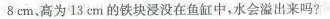
8cm、高为13cm的铁块浸没在鱼缸中，水会溢出来吗?